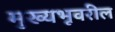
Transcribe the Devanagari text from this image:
मुख्यभूवरील